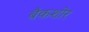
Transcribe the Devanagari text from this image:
बैकशोर